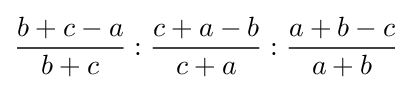
{\frac {b+c-a}{b+c}}:{\frac {c+a-b}{c+a}}:{\frac {a+b-c}{a+b}}